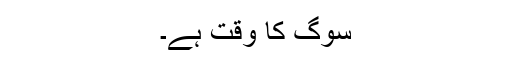
سوگ کا وقت ہے۔